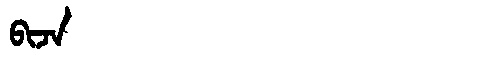
Manchu: ᠪᡳᠵᠠ
Romanization: BIJA